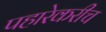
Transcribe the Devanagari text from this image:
पहारेकरीच